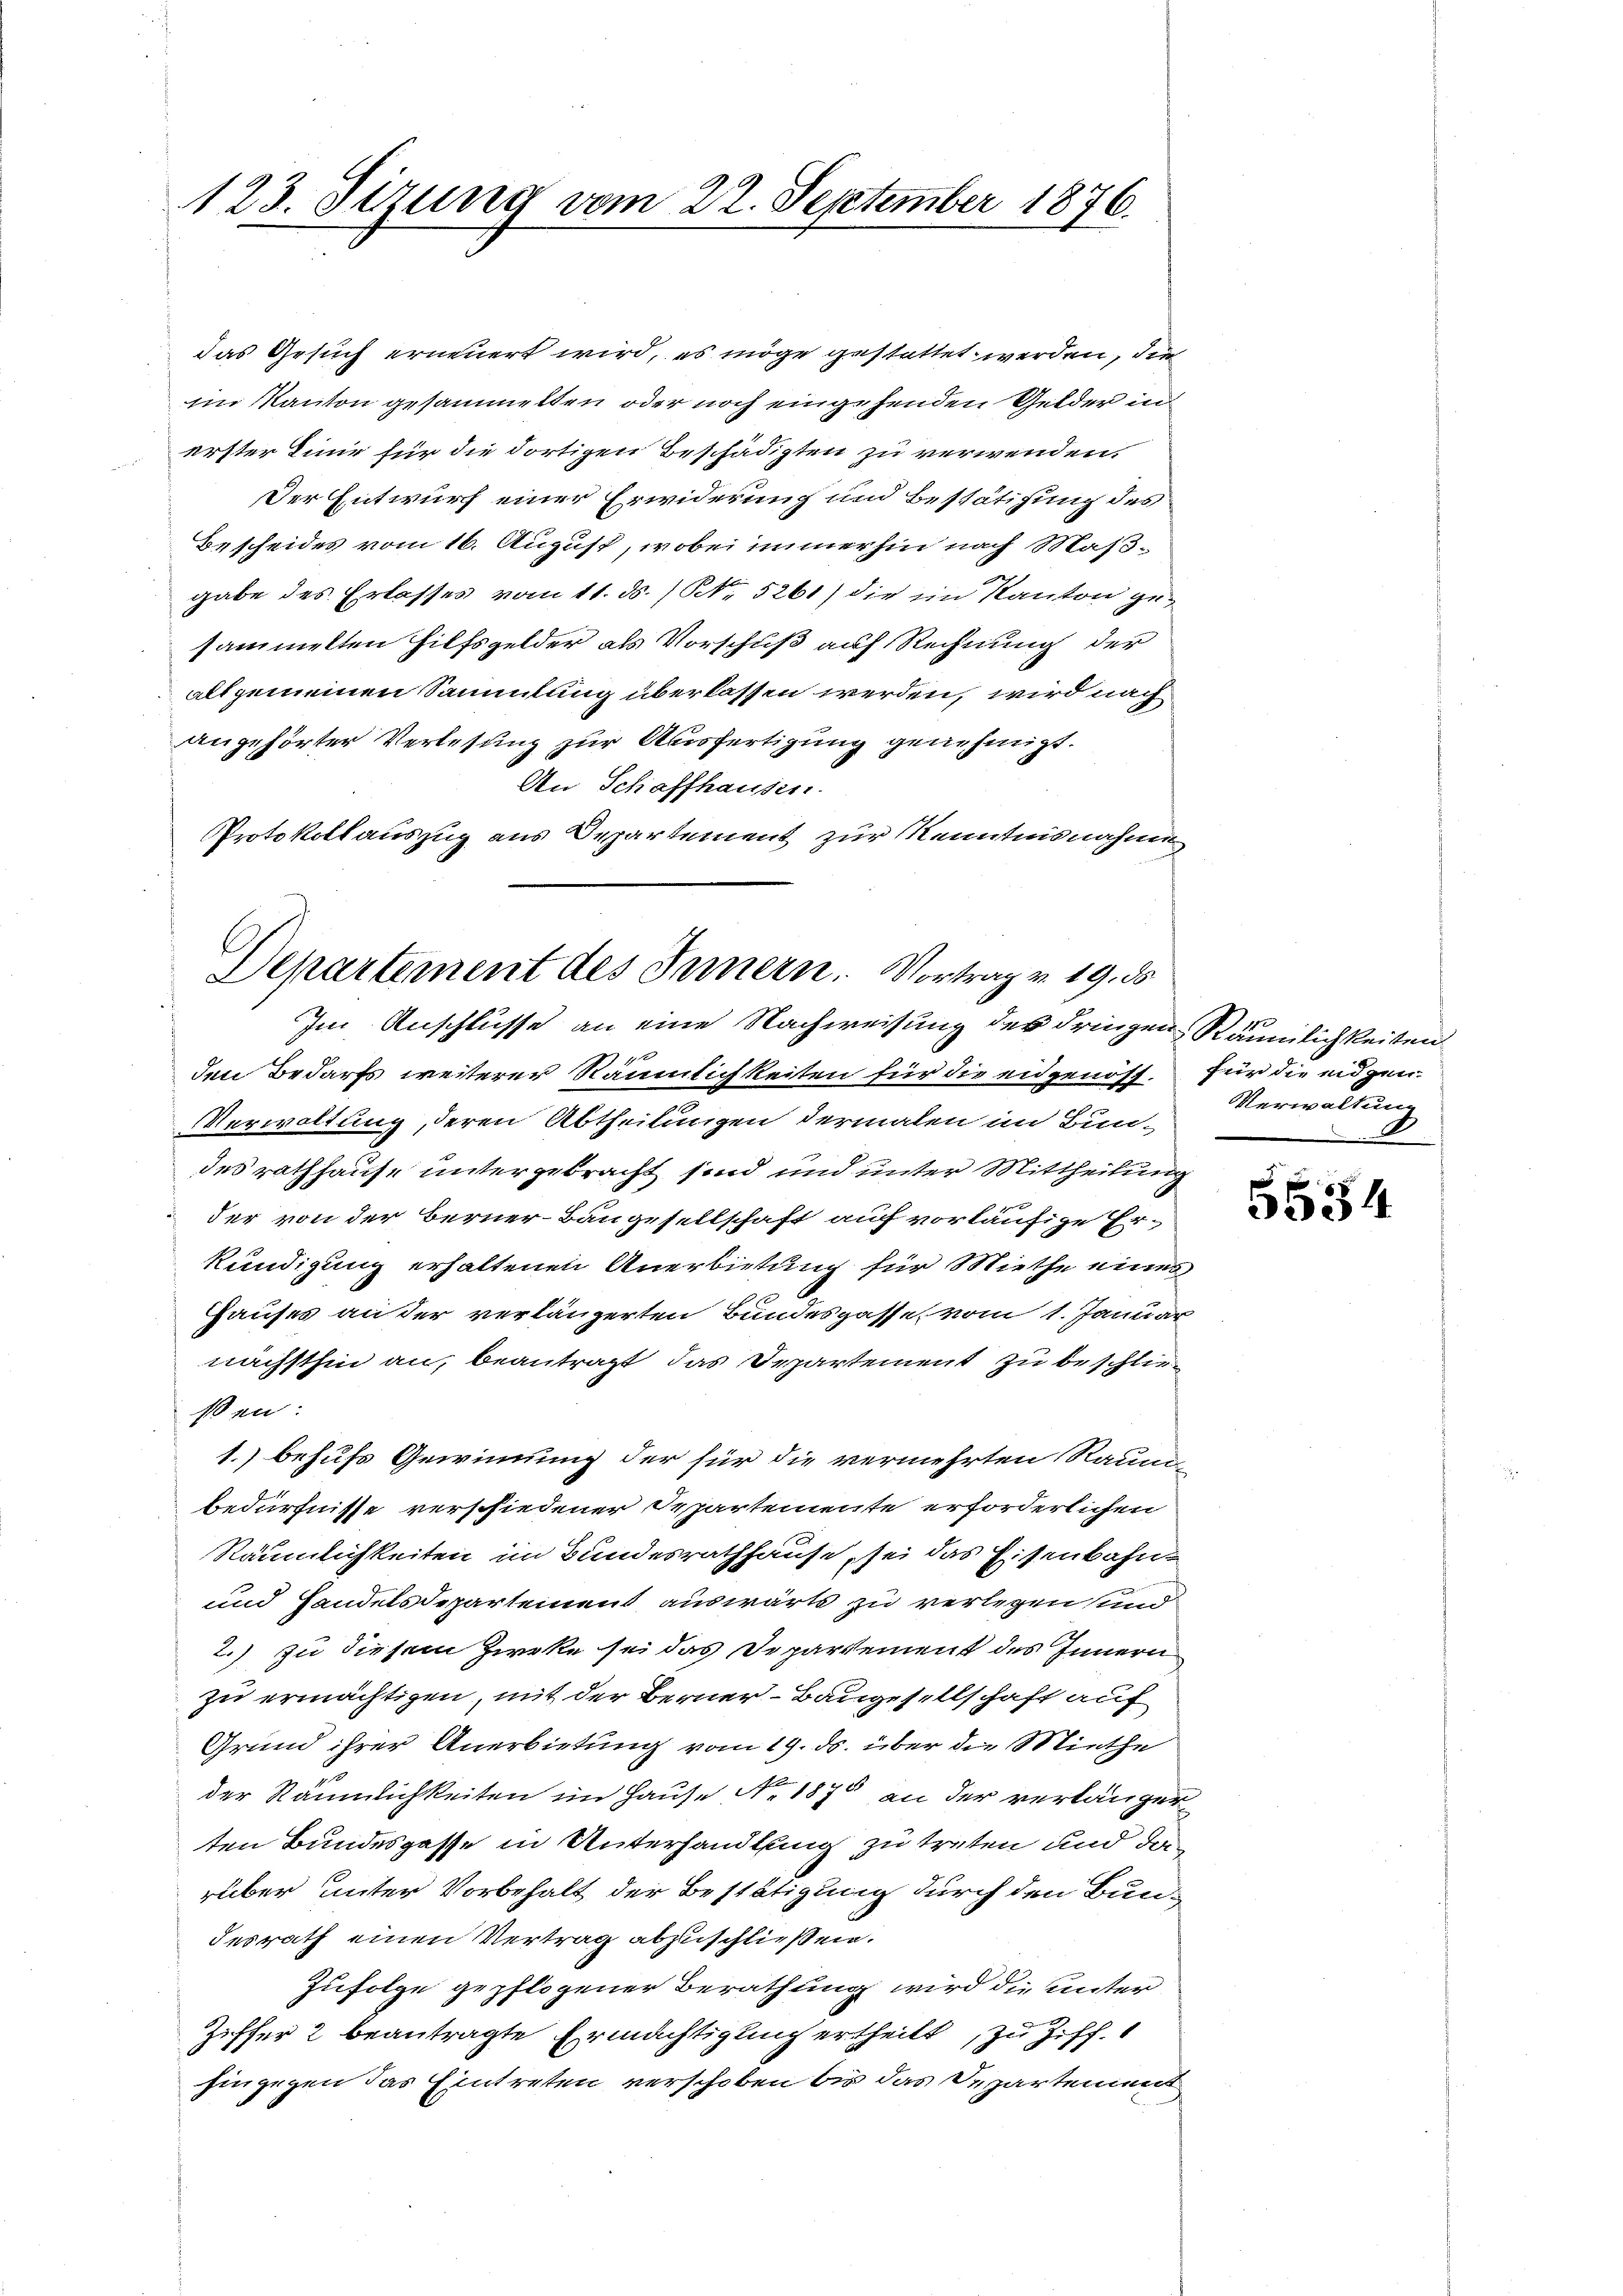
123. Sizung vom 22. September 1876.

das Gesuch erneuert wird, es möge gestattet werden, die
im Kanton gesammelten oder noch eingehenden Gelder in
erster Linie für die dortigen Beschädigten zu verwenden,
Der Entwurf einer Erwiderung und Bestätigung des
Bescheides vom 16. August, wobei immerhin nach Maßgabe des Erlasses vom 11. ds. / NNo. 5261) die im Kanton gesammelten Hilfsgelder als Vorschuß auf Rechnung der
allgemeinen Sammlung überlassen werden, wird nach
angehörter Verlesung zur Ausfertigung genehmigt.
An Schaffhausen.
Protokollauszug aus Departement zur Kenntnisnahme
Im Anschlusse an eine Nachweisung des dringen Räumlichkeiten
Ien Bedarfs weiterer Räumlichkeiten für die eidgenös. Für die eidgen.
Verwaltung, deren Abtheilungen dermalen im Bundes rathhause untergebracht sind und unter Mittheilung
der von der Berner-Baugesellschaft auf vorläufige Er-
kündigung erhaltenen Anerbietung für Miethe eines
Hauses an der verlängerten Bundesgasse, vom 1. Januar
nächsthin an, beantragt, das Departement zu beschließen:
1.) behufs Gewinnung der für die vermehrten Raum-
bedürfnisse verschiedener Departemente erforderlichen
Räumlichkeiten im Bundesrathhause, sei das Eisenbahn¬
und Handelsdepartement auswärts zu verlegen und
2.) zu diesem Zircke sei das Departement des Innern
zu ermächtigen, mit der Berner Baugesellschaft auf
Grund ihrer Anerbietung vom 19. ds. über die Miethe
der Räumlichkeiten im Hause No. 1870 an der verlänger
ten Bundesgasse in Unterhandlung zu treten und da
rüber unter Vorbehalt der Bestätigung durch den Bundesrath einen Vertrag abzuschließen.
Zufolge gepflogener Berathung wird die unter
Ziffer 2 beantragte Ermächtigung ertheilt zu Ziff.
hingegen das Eintreten verschoben bis das Departement

E
Departement des Innern. Vortrag v. 19. ds

Verwaltung
.

i
3